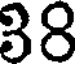
38